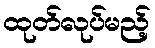
ထုတ်လုပ်မည့်